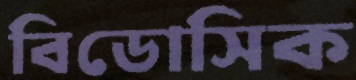
বিডোসিক